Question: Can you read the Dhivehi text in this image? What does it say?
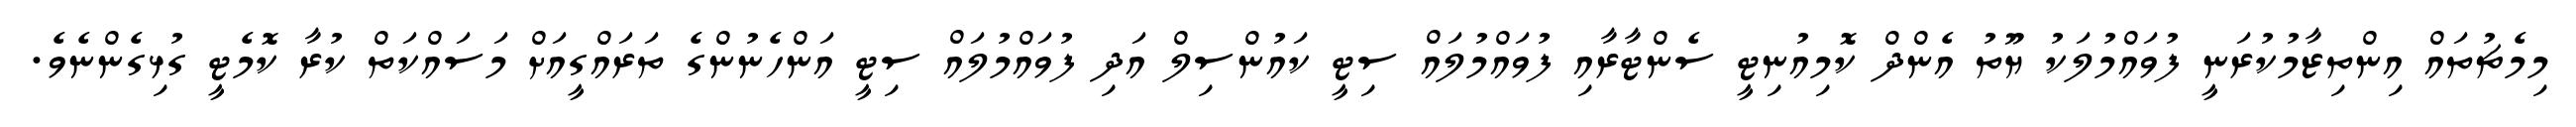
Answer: މިމެޗުތައް އިންތިޒާމުކުރަނީ ފުވައްމުލަކު ޔޫތު އެންދް ކޮމިއުނިޓީ ސެންޓާރާއި ފުވައްމުލައް ސިޓީ ކައުންސިލް އަދި ފުވައްމުލައް ސިޓީ އަންހެނުންގެ ތަރައްގީއަށް މަސައްކަތް ކުރާ ކޮމެޓީ ގުޅިގެންނެވެ.